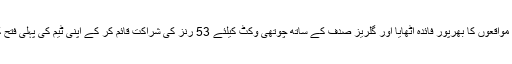
میک کولم نے ان مواقعوں کا بھرپور فائدہ اٹھایا اور گلریز صدف کے ساتھ چوتھی وکٹ کیلئے 53 رنز کی شراکت قائم کر کے اپنی ٹیم کی پہلی فتح کی راہ ہموار کی۔